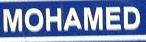
mohamed